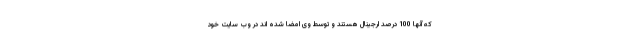
که آنها 100 درصد ارجینال هستند و توسط وی امضا شده اند در وب سایت خود